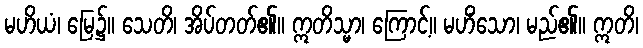
မဟိယံ၊ မြေ၌။ သေတိ၊ အိပ်တတ်၏။ ဣတိသ္မာ၊ ကြောင့်။ မဟိံသော၊ မည်၏။ ဣတိ၊